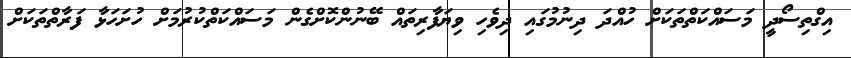
އިގްތިސޯދީ މަސައްކަތްތަކަށް ހުއްދަ ދިނުމުގައި ދިވެހި ވިޔަފާރިތައް ބޭނުންކޮށްގެން މަސައްކަތްކުރުމަށް ހުށަހަޅާ ފަރާތްތަކަށް